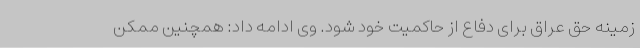
زمینه حق عراق برای دفاع از حاکمیت خود شود. وی ادامه داد: همچنین ممکن